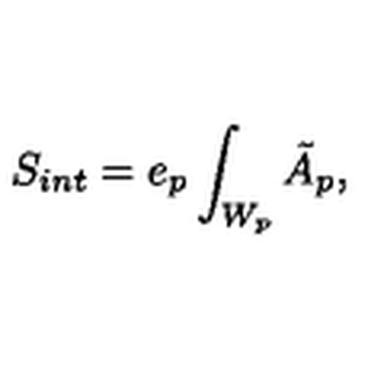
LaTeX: S _ { i n t } = e _ { p } \int _ { W _ { p } } \tilde { A } _ { p } ,